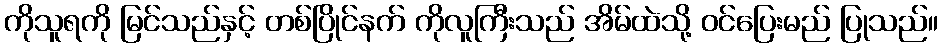
ကိုသူရကို မြင်သည်နှင့် တစ်ပြိုင်နက် ကိုလူကြီးသည် အိမ်ထဲသို့ ဝင်ပြေးမည် ပြုသည်။